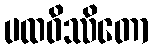
ပထဝိဿိတော